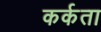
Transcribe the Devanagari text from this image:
कर्कता